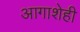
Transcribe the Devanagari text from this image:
आगाशेही